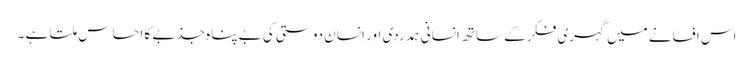
اس افسانے میں گہری فکر کے ساتھ انسانی ہمدردی اور انسان دوستی کی بے پناہ جذبے کا احساس ملتا ہے ۔